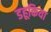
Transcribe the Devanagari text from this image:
डहूकिया